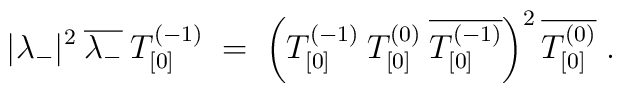
|\lambda_-|^2\:\overline{\lambda_-}\: T^{(-1)}_{[0]} \;=\;\left( T^{(-1)}_{[0]}\: T^{(0)}_{[0]}\: \overline{T^{(-1)}_{[0]}}\right)^2\overline{T^{(0)}_{[0]}}\;.